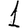
Digit: 1